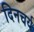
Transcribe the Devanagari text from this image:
दिनचर्य